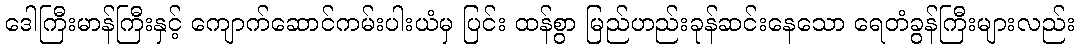
ဒေါကြီးမာန်ကြီးနှင့် ကျောက်ဆောင်ကမ်းပါးယံမှ ပြင်း ထန်စွာ မြည်ဟည်းခုန်ဆင်းနေသော ရေတံခွန်ကြီးများလည်း